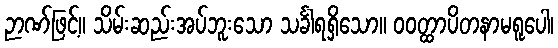
ဉာဏ်ဖြင့်။ သိမ်းဆည်းအပ်ဘူးသော သင်္ခါရရှိသော။ ဝဝတ္ထာပိတနာမရူပေါ၊